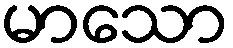
မာသော